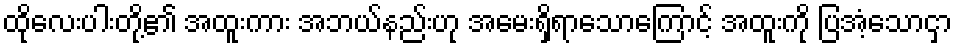
ထိုလေးပါးတို့၏ အထူးကား အဘယ်နည်းဟု အမေးရှိရာသောကြောင့် အထူးကို ပြအံ့သောငှာ